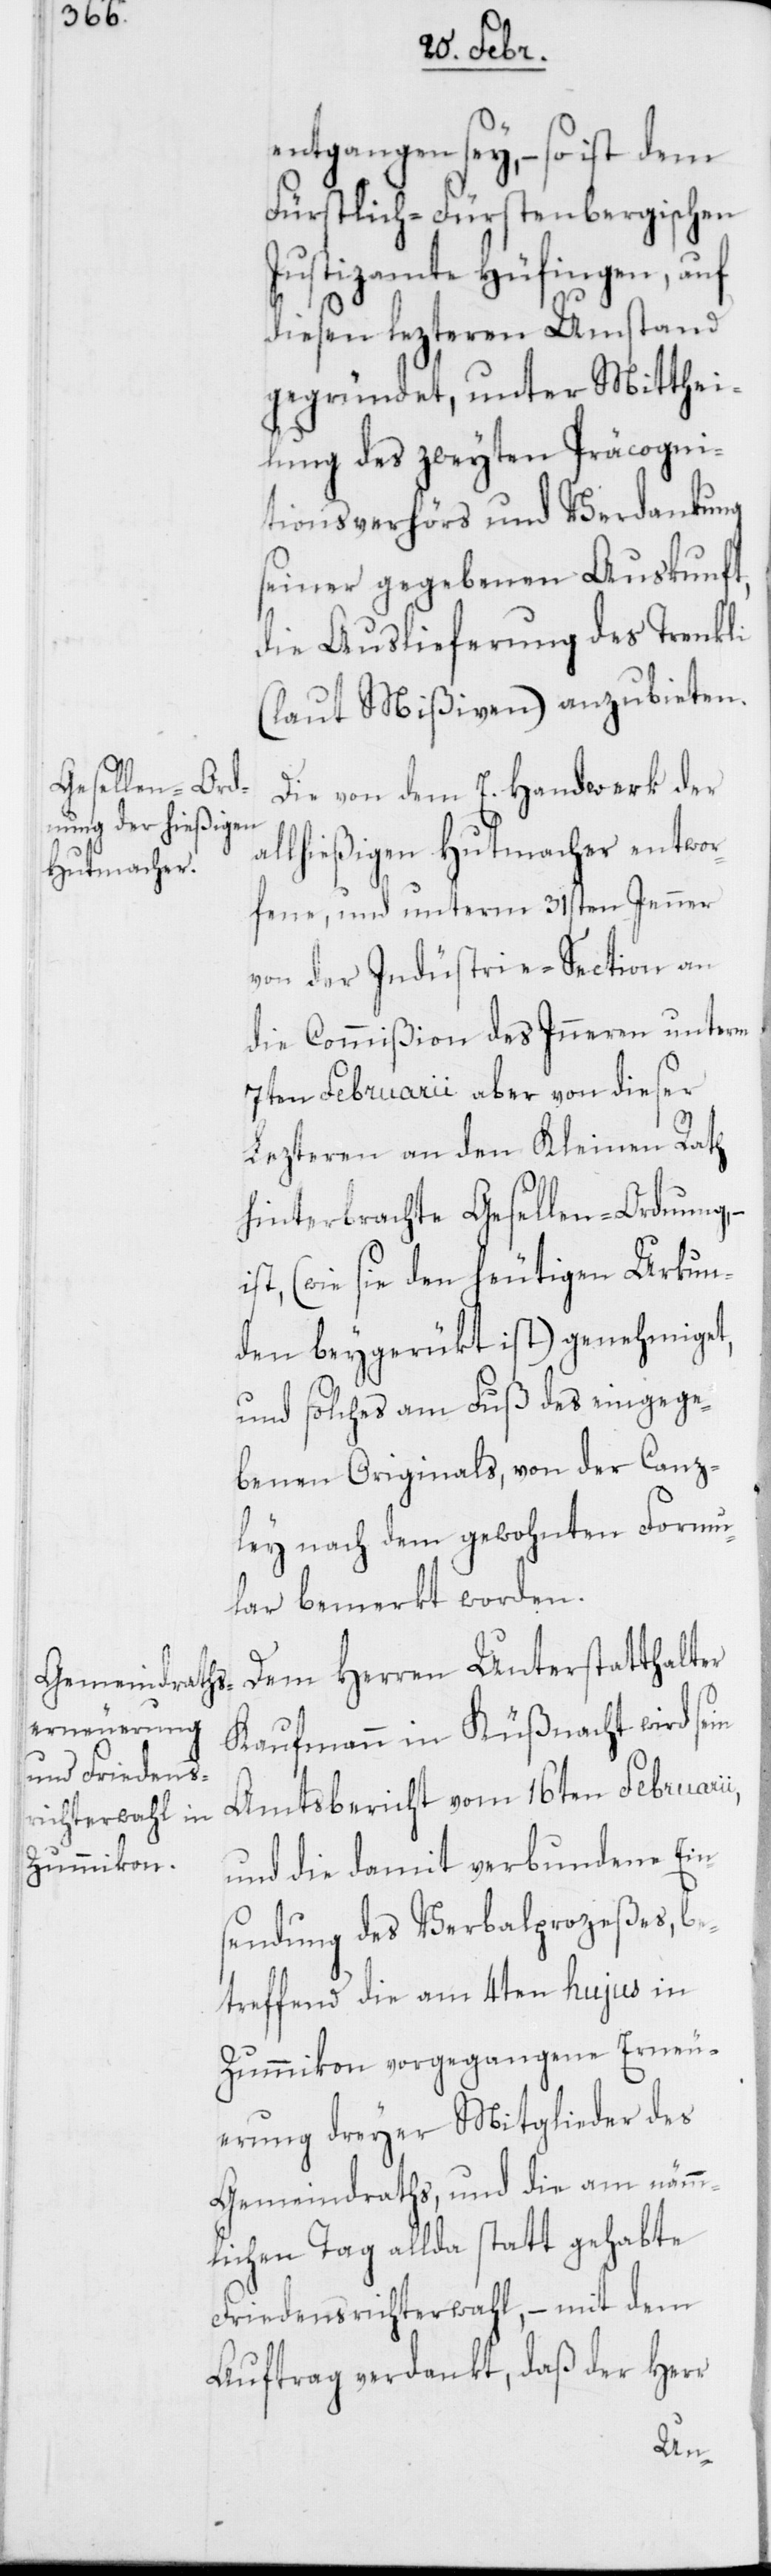
entgangen sey, – so ist dem
Fürstlich-Fürstenbergischen
Justizamte Hüfingen, auf
diesen lezteren Umstand
gegründet, unter Mitthei¬
lung des zweyten Präcogni¬
tionsverhörs und Verdankung
seiner gegebenen Auskunft,
die Auslieferung des Trenkli
(laut Mißiven) anzubieten.
Die von dem E. Handwerk der
allhießigen Hutmacher entwor¬
fene, und unterm 31sten Jenner
von der Industrie-Section an
die Commißion des Inneren unterm
7ten Februarii aber von dieser
Lezteren an den Kleinen Rath
hinterbrachte Gesellen-Ordnung,
(wie sie in den heutigen Urkun¬
den beygerükt ist) genehmiget,
und solches am Fuß des eingege¬
benen Originals, von der Canz¬
ley nach dem gewohnten Formu¬
lar bemerkt worden.
Dem Herren Unterstatthalter
Kaufmann in Küßnacht wird sein
Amtsbericht vom 16ten Februarii,
und die damit verbundene Eins¬
endung des Verbalprozeßes, be¬
treffend die am 4ten hujus in
Zummikon vorgegangene Erneu¬
erung dreyer Mitglieder des
Gemeindraths, und die am nämm¬
lichen Tag allda statt gehabte
Friedensrichterwahl, – mit dem
Auftrag verdankt, daß der Herr